Indian journal of veterinary science and animal husbandry - Volumes 28-29, 1958-1959
Year: 1958
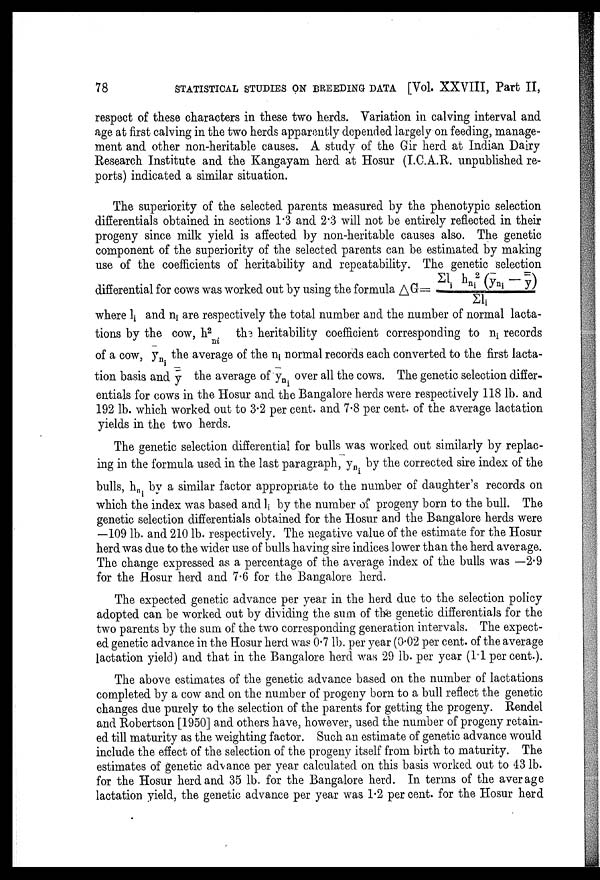
78
STATISTICAL STUDIES ON BREEDING DATA [Vol. XXVIII, Part II,
respect of these characters in these two herds. Variation in calving interval and
age at first calving in the two herds apparently depended largely on feeding, manage
ment and other non-heritable causes. A study of the Gir herd at Indian Dairy
Research Institute and the Kangayam herd at Hosur (I.C.A.R. unpublished re
ports) indicated a similar situation.
The superiority of the selected parents measured by the phenotypic selection
differentials obtained in sections 1.3 and 2.3 will not be entirely reflected in their
progeny since milk yield is affected by non-heritable causes also. The genetic
component of the superiority of the selected parents can be estimated by making
use of the coefficients of heritability and repeatability. The genetic selection
differential for cows was worked out by using the formula ∆G = Σl i h ni
2 (y ni — y) / Σl i
where l i and n i are respectively the total number and the number of normal lacta
tions by the cow, h 2
ni the heritability coefficient corresponding to n i records
of a cow, y ni the average of the n i normal records each converted to the first lacta
tion basis and y the average of y ni over all the cows. The genetic selection differ
entials for cows in the Hosur and the Bangalore herds were respectively 118 lb. and
192 lb. which worked out to 3.2 per cent. and 7.8 per cent. of the average lactation
yields in the two herds.
The genetic selection differential for bulls was worked out similarly by replac
ing in the formula used in the last paragraph, y ni by the corrected sire index of the
bulls, h ni by a similar factor appropriate to the number of daughter's records on
which the index was based and 1 i by the number of progeny born to the bull. The
genetic selection differentials obtained for the Hosur and the Bangalore herds were
—109 lb. and 210 lb. respectively. The negative value of the estimate for the Hosur
herd was due to the wider use of bulls having sire indices lower than the herd average.
The change expressed as a percentage of the average index of the bulls was —2.9
for the Hosur herd and 7.6 for the Bangalore herd.
The expected genetic advance per year in the herd due to the selection policy
adopted can be worked out by dividing the sum of the genetic differentials for the
two parents by the sum of the two corresponding generation intervals. The expect
ed genetic advance in the Hosur herd was 0.7 lb. per year (0.02 per cent. of the average
lactation yield) and that in the Bangalore herd was 29 lb. per year (1.1 per cent.).
The above estimates of the genetic advance based on the number of lactations
completed by a cow and on the number of progeny born to a bull reflect the genetic
changes due purely to the selection of the parents for getting the progeny. Rendel
and Robertson [1950] and others have, however, used the number of progeny retain
ed till maturity as the weighting factor. Such an estimate of genetic advance would
include the effect of the selection of the progeny itself from birth to maturity. The
estimates of genetic advance per year calculated on this basis worked out to 43 lb.
for the Hosur herd and 35 lb. for the Bangalore herd. In terms of the average
lactation yield, the genetic advance per year was 1.2 per cent. for the Hosur herd